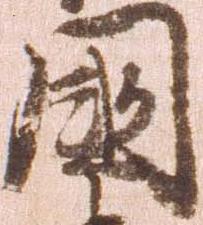
国